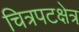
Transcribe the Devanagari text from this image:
चित्रपटक्षेत्र